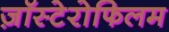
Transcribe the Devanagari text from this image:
ज़ॉस्टेरोफिलम